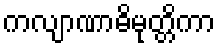
ကလျာဏာဓိမုတ္တိကာ